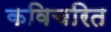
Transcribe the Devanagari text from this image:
कविचरित